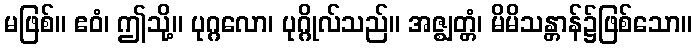
မဖြစ်။ ဧဝံ၊ ဤသို့။ ပုဂ္ဂလော၊ ပုဂ္ဂိုလ်သည်။ အဇ္ဈတ္တံ၊ မိမိသန္တာန်၌ဖြစ်သော။